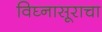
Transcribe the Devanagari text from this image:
विघ्नासूराचा